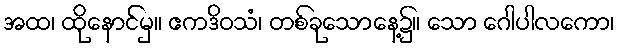
အထ၊ ထိုနောင်မှ။ ဧကဒိဝသံ၊ တစ်ခုသောနေ့၌။ သော ဂေါပါလကော၊